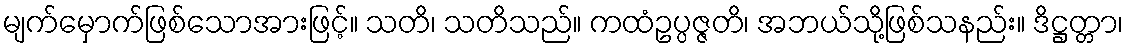
မျက်မှောက်ဖြစ်သောအားဖြင့်။ သတိ၊ သတိသည်။ ကထံဥပ္ပဇ္ဇတိ၊ အဘယ်သို့ဖြစ်သနည်း။ ဒိဋ္ဌတ္တာ၊